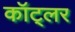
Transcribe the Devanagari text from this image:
कॉट्लर